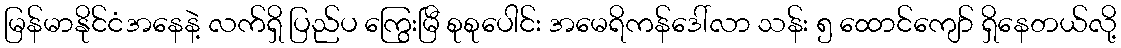
မြန်မာနိုင်ငံအနေနဲ့ လက်ရှိ ပြည်ပ ကြွေးမြီ စုစုပေါင်း အမေရိကန်ဒေါ်လာ သန်း ၅ ထောင်ကျော် ရှိနေတယ်လို့